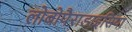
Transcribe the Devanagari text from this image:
लोबोपैराडाइसिया